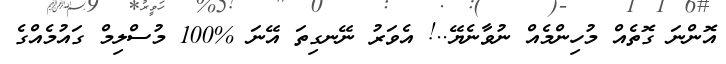
އޮންނަ ގޮތެއް މުހިންމެއް ނުވާނެޔޭ..! އެވަރު ނޭނގިތަ އޭނަ %100 މުސްލިމް ގައުމެއްގެ